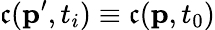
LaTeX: \mathfrak{c}(\textbf{{p}}^{\prime},t_{i})\equiv\mathfrak{c}(\textbf{{p}},t_{0})